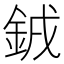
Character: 銊